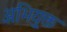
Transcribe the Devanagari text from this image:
अभियु्क्त